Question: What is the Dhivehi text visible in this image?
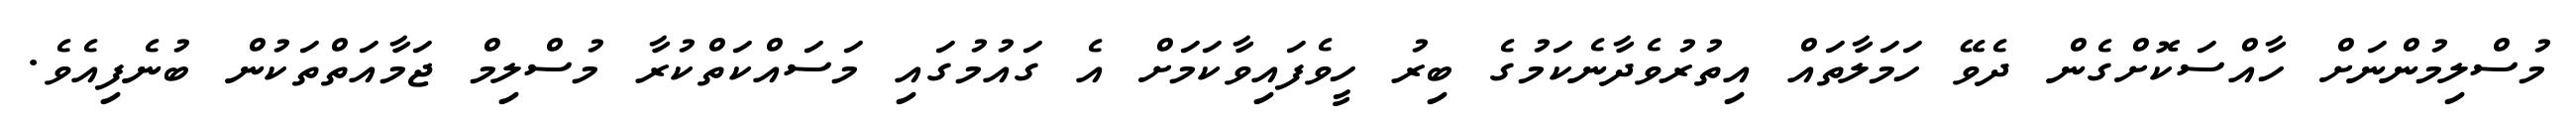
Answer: މުސްލިމުންނަށް ހާއްސަކޮށްގެން ދެވޭ ހަމަލާތައް އިތުރުވެދާނެކަމުގެ ބިރު ހީވެފައިވާކަމަށް އެ ގައުމުގައި މަސައްކަތްކުރާ މުސްލިމް ޖަމާއަތްތަކުން ބުނެފިއެވެ.